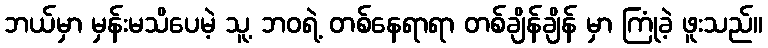
ဘယ်မှာ မှန်းမသိပေမဲ့ သူ့ ဘဝရဲ့ တစ်နေရာရာ တစ်ချိန်ချိန် မှာ ကြုံခဲ့ ဖူးသည်။